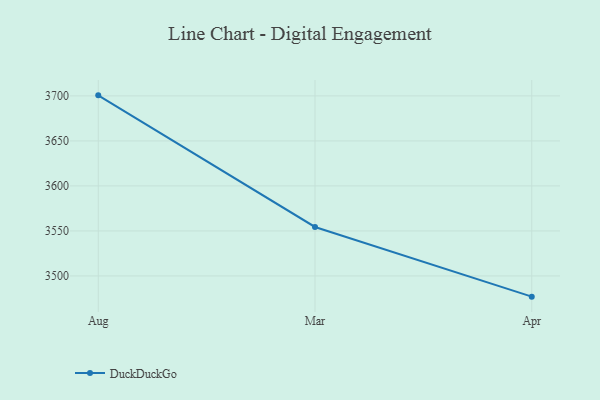
{"axis": {"x": "Month", "y": "Market Share (%)"}, "legend": ["DuckDuckGo"], "data": [{"x": "Aug", "y": 3700.6, "type": "DuckDuckGo"}, {"x": "Mar", "y": 3554.4, "type": "DuckDuckGo"}, {"x": "Apr", "y": 3477.0, "type": "DuckDuckGo"}]}